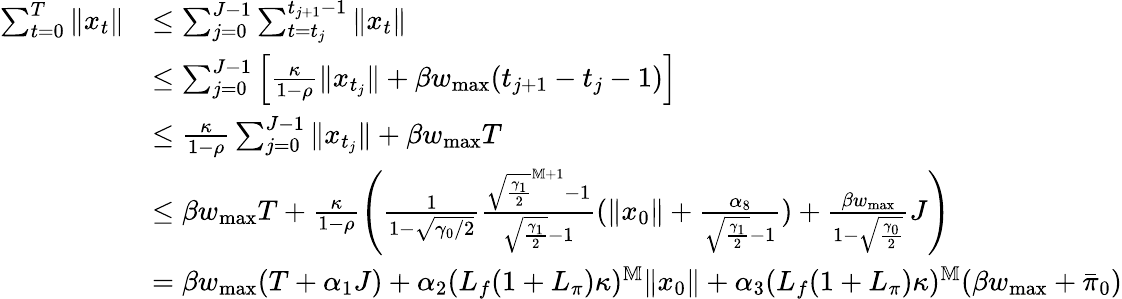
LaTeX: \begin{array}{rl}{\sum_{t=0}^{T}\| x_{t}\| }&{\leq\sum_{j=0}^{J-1}\sum_{t=t_{j}}^{t_{j+1}-1}\| x_{t}\| }\\ &{\leq\sum_{j=0}^{J-1}\left[\frac{\kappa}{1-\rho}\| x_{t_{j}}\| +\beta w_{\operatorname*{max}}(t_{j+1}-t_{j}-1)\right]}\\ &{\leq\frac{\kappa}{1-\rho}\sum_{j=0}^{J-1}\| x_{t_{j}}\| +\beta w_{\operatorname*{max}}T}\\ &{\leq\beta w_{\operatorname*{max}}T+\frac{\kappa}{1-\rho}\left(\frac{1}{1-\sqrt{\gamma_{0}/2}}\frac{\sqrt{\frac{\gamma_{1}}{2}}^{\mathbb M+1}-1}{\sqrt{\frac{\gamma_{1}}{2}}-1}(\| x_{0}\| +\frac{\alpha_{8}}{\sqrt{\frac{\gamma_{1}}{2}}-1})+\frac{\beta w_{\operatorname*{max}}}{1-\sqrt{\frac{\gamma_{0}}{2}}}J\right)}\\ &{=\beta w_{\operatorname*{max}}(T+\alpha_{1}J)+\alpha_{2}(L_{f}(1+L_{\pi})\kappa)^{\mathbb M}\| x_{0}\| +\alpha_{3}(L_{f}(1+L_{\pi})\kappa)^{\mathbb M}(\beta w_{\operatorname*{max}}+\bar{\pi}_{0})}\end{array}